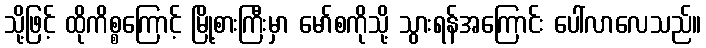
သို့ဖြင့် ထိုကိစ္စကြောင့် မြို့စားကြီးမှာ မော်စကိုသို့ သွားရန်အကြောင်း ပေါ်လာလေသည်။